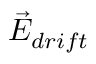
\Vec { E } _ { d r i f t }